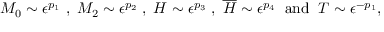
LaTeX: M _ { 0 } \sim \epsilon ^ { p _ { 1 } } \; , \; M _ { 2 } \sim \epsilon ^ { p _ { 2 } } \; , \; H \sim \epsilon ^ { p _ { 3 } } \; , \; \overline { { { H } } } \sim \epsilon ^ { p _ { 4 } } \; \; \mathrm { a n d } \; \; T \sim \epsilon ^ { - p _ { 1 } } ,